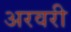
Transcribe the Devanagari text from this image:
अरवरी